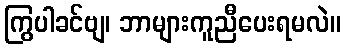
ကြွပါခင်ဗျ၊ ဘာများကူညီပေးရမလဲ။